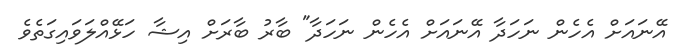
އޭނައަށް އެހެން ނަހަދާ އޭނައަށް އެހެން ނަހަދާ" ބާރު ބާރަށް އިޝާ ހަޅޭއްލަވައިގަތެވެ